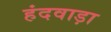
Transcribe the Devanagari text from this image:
हंदवाड़ा